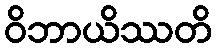
ဝိဘာယိဿတိ